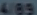
4.02